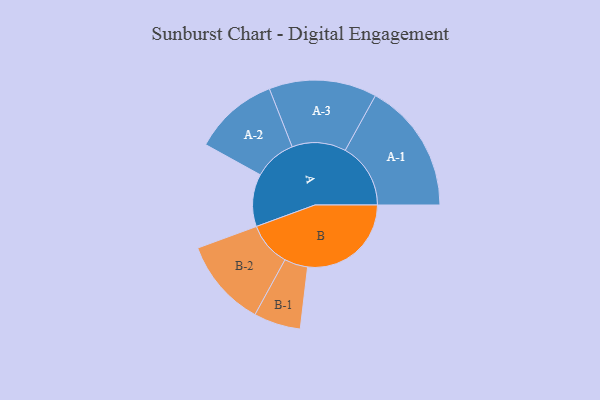
{"axis": {"x": "Segment", "y": "Value"}, "legend": ["", "A", "B"], "data": [{"x": "A", "y": 224, "type": ""}, {"x": "B", "y": 442, "type": ""}, {"x": "A-1", "y": 279, "type": "A"}, {"x": "A-2", "y": 181, "type": "A"}, {"x": "A-3", "y": 230, "type": "A"}, {"x": "B-1", "y": 100, "type": "B"}, {"x": "B-2", "y": 188, "type": "B"}]}